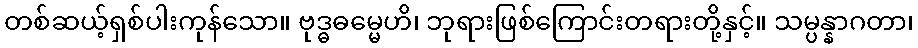
တစ်ဆယ့်ရှစ်ပါးကုန်သော။ ဗုဒ္ဓဓမ္မေဟိ၊ ဘုရားဖြစ်ကြောင်းတရားတို့နှင့်။ သမ္ပန္နာဂတာ၊